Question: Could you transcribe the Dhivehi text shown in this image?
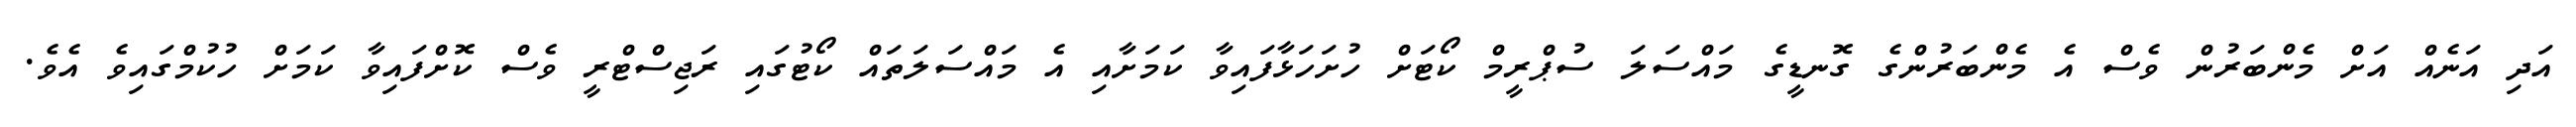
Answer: އަދި އަނެއް އަށް މެންބަރުން ވެސް އެ މެންބަރުންގެ ގޮނޑީގެ މައްސަލަ ސުޕްރީމް ކޯޓަށް ހުށަހަޅާފައިވާ ކަމަށާއި އެ މައްސަލަތައް ކޯޓުގައި ރަޖިސްޓްރީ ވެސް ކޮށްފައިވާ ކަމަށް ހުކުމްގައިވެ އެވެ.